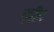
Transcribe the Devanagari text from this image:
ख्रीद